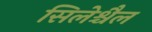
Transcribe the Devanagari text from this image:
सिलेश्चैल